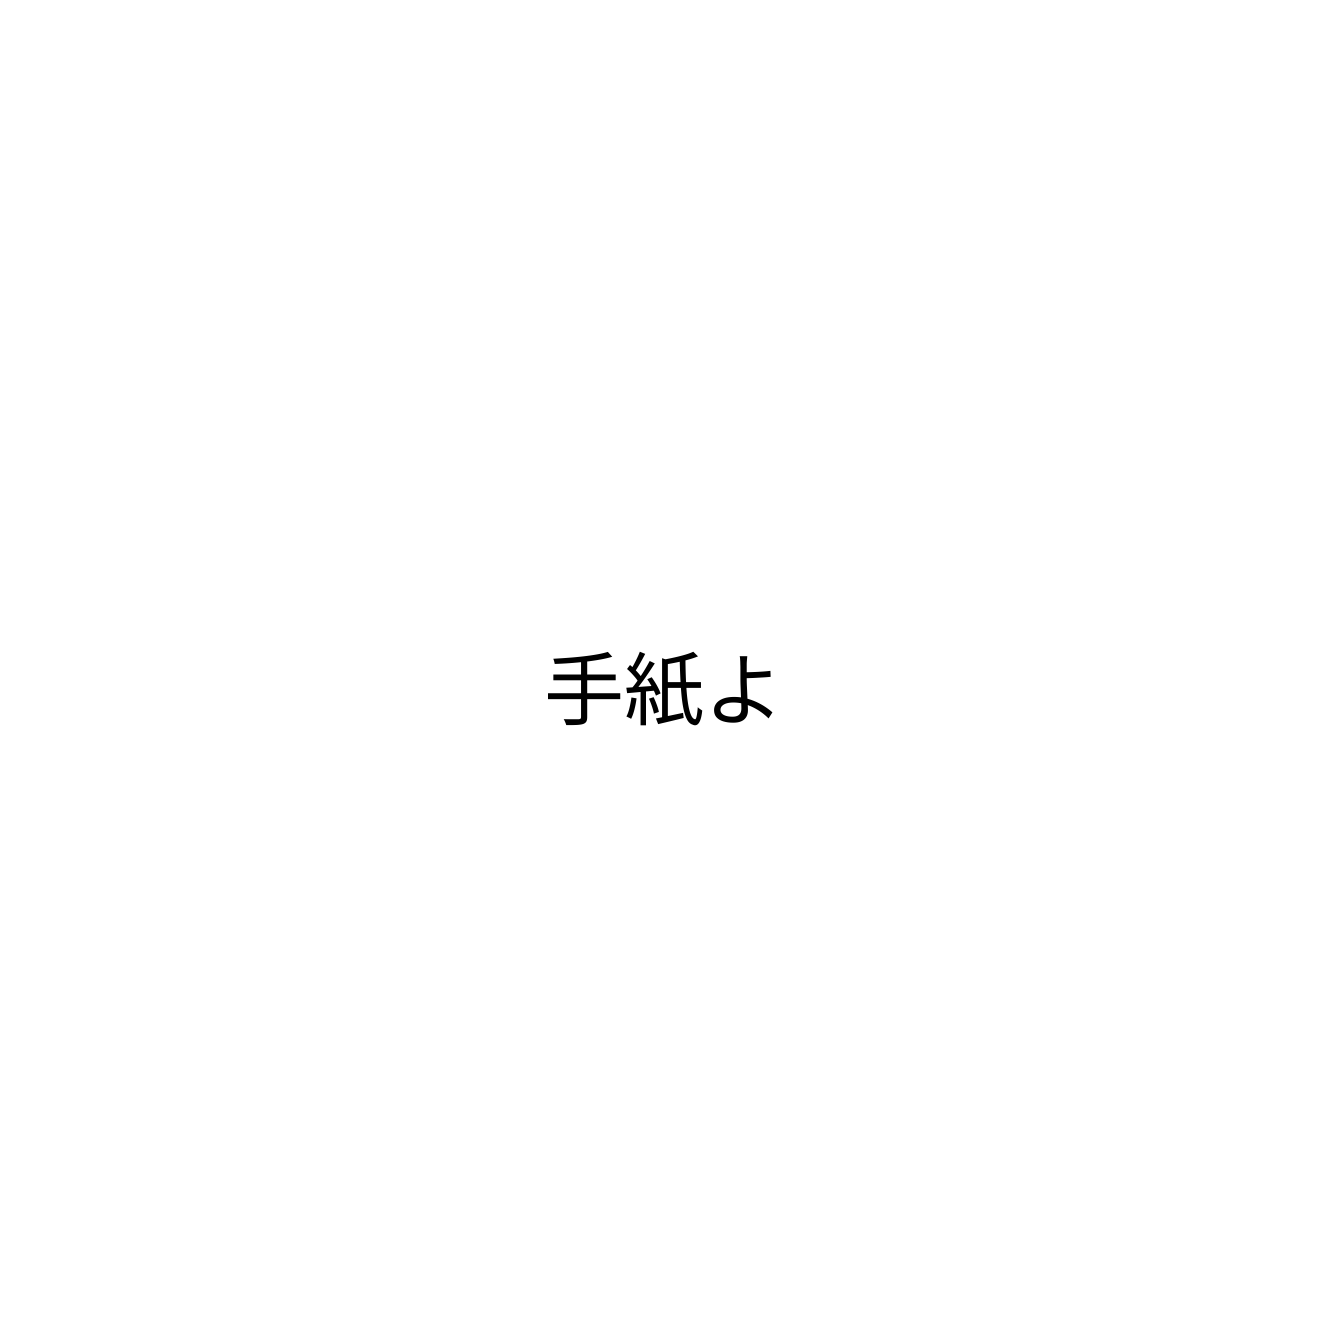
手紙よ